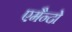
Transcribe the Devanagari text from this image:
एमैन्दो